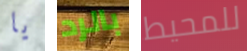
يا بالرد للمحيط